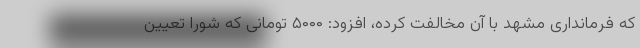
که فرمانداری مشهد با آن مخالفت کرده، افزود: ۵۰۰۰ تومانی که شورا تعیین